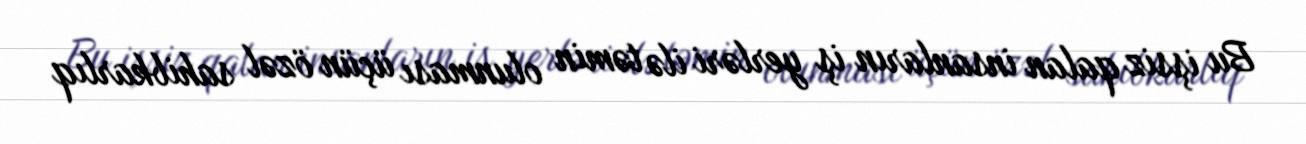
Bu işsiz qalan insanların iş yerləri ilə təmin olunması üçün özəl sahibkarlıq